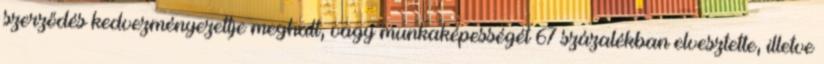
szerződés kedvezményezettje meghalt, vagy munkaképességét 67 százalékban elvesztette, illetve